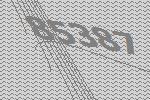
85387